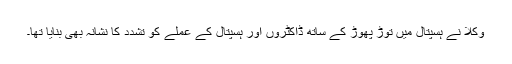
وکلا نے ہسپتال میں توڑ پھوڑ کے ساتھ ڈاکٹروں اور ہسپتال کے عملے کو تشدد کا نشانہ بھی بنایا تھا۔